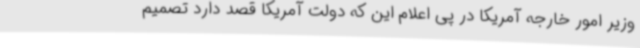
وزیر امور خارجه آمریکا در پی اعلام این که دولت آمریکا قصد دارد تصمیم